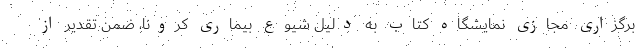
برگزاری مجازی نمایشگاه کتاب به دلیل شیوع بیماری کرونا، ضمن تقدیر از